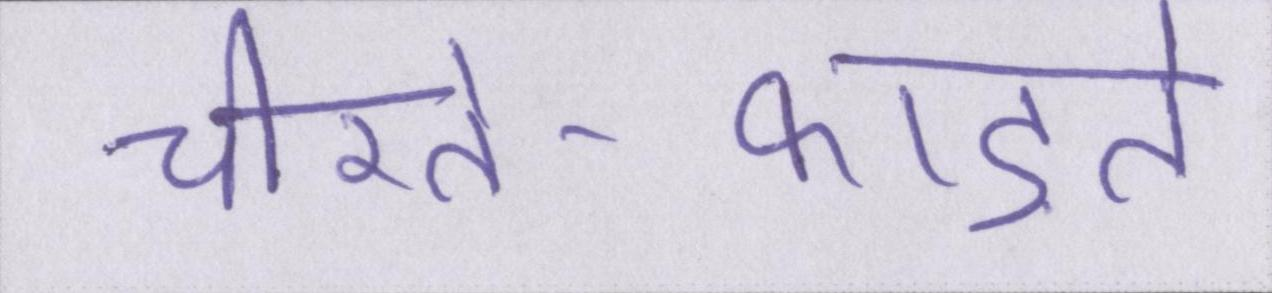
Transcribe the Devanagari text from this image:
चीरते-फाड़ते